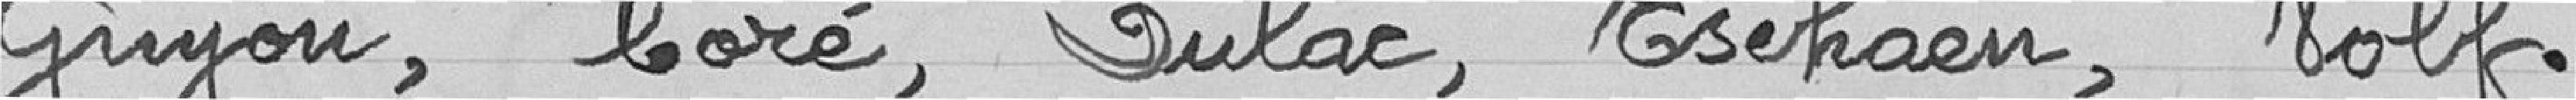
Guyon, Coré, Dulac, Zschaen, Volf.